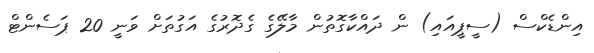
އިންޑެކްސް (ސީޕީއައި) ން ދައްކާގޮތުން މާލޭގެ ގެދޮރުގެ އަގުތަށް ވަނީ 20 ޕަސެންޓް